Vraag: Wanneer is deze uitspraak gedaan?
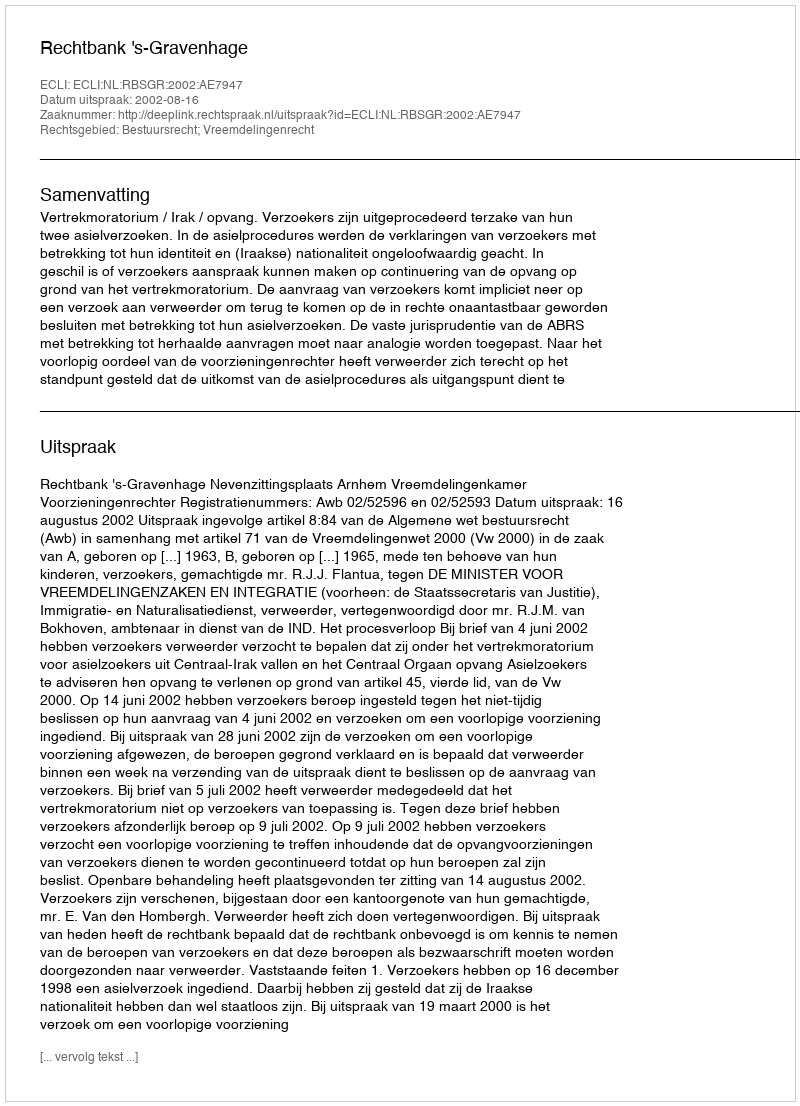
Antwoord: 2002-08-16